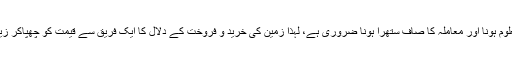
۱۴- دلال کی اجرت جائز ہے، مگر اجرت کا معلوم ہونا اور معاملہ کا صاف ستھرا ہونا ضروری ہے، لہٰذا زمین کی خرید و فروخت کے دلال کا ایک فریق سے قیمت کو چھپاکر زیادہ لینا یا جھوٹ بول کر زیادہ لینا جائز نہیں ہے۔